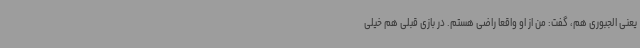
یعنی الجبوری هم، گفت: من از او واقعا راضی هستم. در بازی قبلی هم خیلی